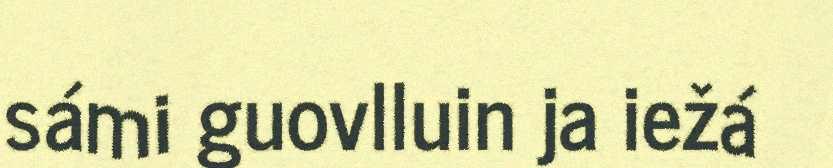
sámi guovlluin ja iežá